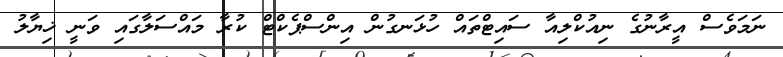
ނަމަވެސް އީރާނުގެ ނިއުކްލިއާ ސައިޓްތައް ހުޅަނގުން އިންސްޕެކްޓް ކުރާ މައްސަލާގައި ވަނީ ޚިޔާލު